Vaccination in the Punjab 1905-1918 - 1905-1918
Year: 1905
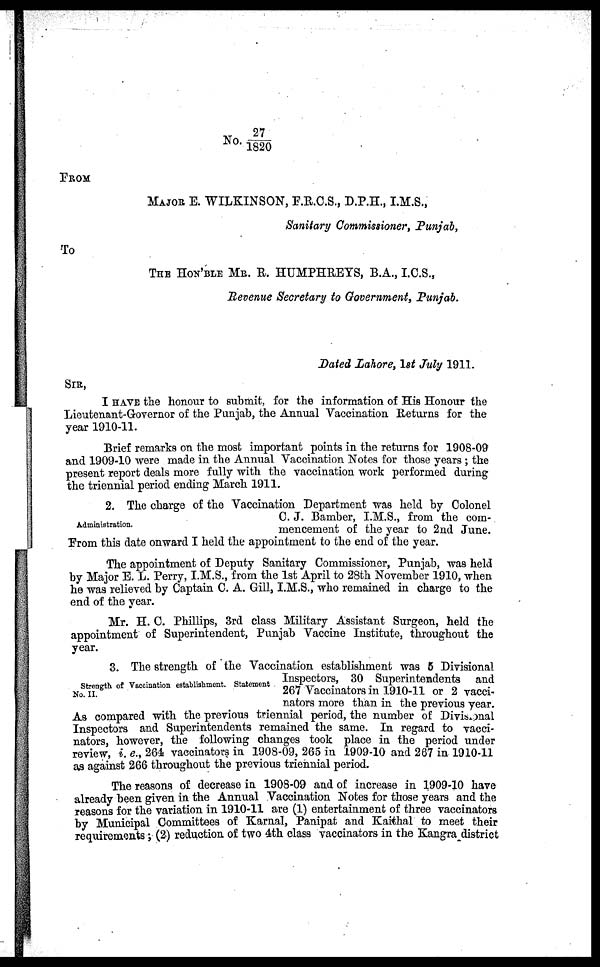
No. 27/1820
FROM
MAJOR E. WILKINSON, F.R.C.S., D.P.H., I.M.S.,
Sanitary Commissioner, Punjab,
To
THE HON'BLE MR. R. HUMPHREYS, B.A., I.C.S.,
Revenue Secretary to Government, Punjab.
Dated Lahore, 1st July 1911.
SIR,
I HAVE the honour to submit, for the information of His Honour the
Lieutenant-Governor of the Punjab, the Annual Vaccination Returns for the
year 1910-11.
Brief remarks on the most important points in the returns for 1908-09
and 1909-10 were made in the Annual Vaccination Notes for those years ; the
present report deals more fully with the vaccination work porformed during
the triennial period ending March 1911.
Administration.
2. The charge of the Vaccination Department was held by Colonel
C. J. Bamber, I.M.S., from the com-
mencement of the year to 2nd June.
From this date onward I held the appointment to the end of the year.
The appointment of Deputy Sanitary Commissioner, Punjab, was held
by Major E. L. Perry, I.M.S., from the 1st April to 28th November 1910, when
he was relieved by Captain C. A. Gill, I.M.S., who remained in charge to the
end of the year.
Mr. H. C. Phillips, 3rd class Military Assistant Surgeon, held the
appointment of Superintendent, Punjab Vaccine Institute, throughout the
year.
Strength of Vaccination establishment. Statement
No. II.
3. The strength of the Vaccination establishment was 5 Divisional
Inspectors, 30 Superintendents and
267 Vaccinators in 1910-11 or 2 vacci-
nators more than in the previous year.
As compared with the previous triennial period, the number of Divisonal
Inspectors and Superintendents remained the same. In regard to vacci-
nators, however, the following changes took place in the period under
review, i. e., 264 vaccinators in 1908-09, 265 in 1909-10 and 267 in 1910-11
as against 266 throughout the previous triennial period.
The reasons of decrease in 1908-09 and of increase in 1909-10 have
already been given in the Annual Vaccination Notes for those years and the
reasons for the variation in 1910-11 are (1) entertainment of three vaccinators
by Municipal Committees of Karnal, Panipat and Kaithal to meet their
requirements ; (2) reduction of two 4th class vaccinators in the Kangra district